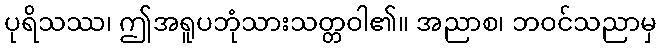
ပုရိသဿ၊ ဤအရူပဘုံသားသတ္တဝါ၏။ အညာစ၊ ဘဝင်သညာမှ